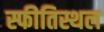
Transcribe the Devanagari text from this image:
स्फीतिस्थल